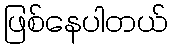
ဖြစ်နေပါတယ်